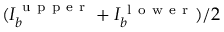
( I _ { b } ^ { \mathrm { ~ u ~ p ~ p ~ e ~ r ~ } } + I _ { b } ^ { \mathrm { ~ l ~ o ~ w ~ e ~ r ~ } } ) / 2